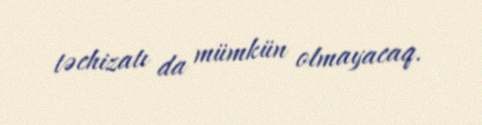
təchizatı da mümkün olmayacaq.